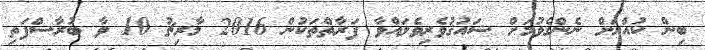
ބިން ކުއްޔަށް ނެންގެވުމަށް ޝައުޤުވެރިވެލައްވާ ފަރާތްތަކުން 2016 މާރިޗު 10 ވާ ބުރާސްފަތި